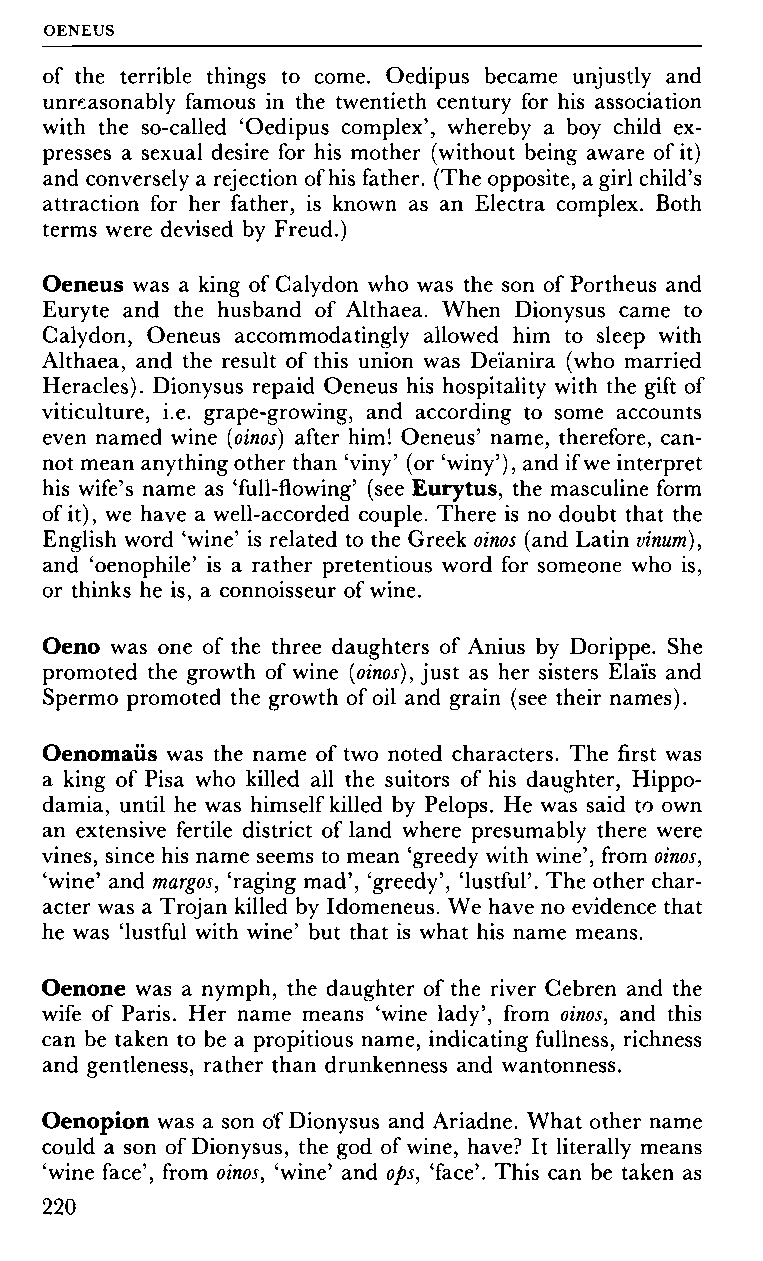
OENEUS
 of the terrible things to come. Oedipus became unjustly and
 unreasonably famous in the twentieth century for his association
 with the so-called Oedipus complex', whereby a boy child ex
 presses a sexual desire for his mother (without being aware of it)
 and conversely a rejection of his father. (The opposite, a girl child's
 attraction for her father, is known as an Electra complex. Both
 terms were devised by Freud.)
 Oeneus was a king of Calydon who was the son of Portheus and
 Euryte and the husband of Althaea. When Dionysus came to
 Calydon, Oeneus accommodatingly allowed him to sleep with
 Althaea, and the result of this union was Deïanira (who married
 Heracles). Dionysus repaid Oeneus his hospitality with the gift of
 viticulture, i.e. grape-growing, and according to some accounts
 even named wine (oinos) after him! Oeneus' name, therefore, can
 not mean anything other than 'viny' (or 'winy'), and if we interpret
 his wife's name as 'full-flowing' (see Eur y tus, the masculine form
 of it), we have a well-accorded couple. There is no doubt that the
 English word 'wine' is related to the Greek oinos (and Latin vinum),
 and 'oenophile' is a rather pretentious word for someone who is,
 or thinks he is, a connoisseur of wine.
 Oeno was one of the three daughters of Anius by Dorippe. She
 promoted the growth of wine (oinos), just as her sisters Elaïs and
 Spermo promoted the growth of oil and grain (see their names).
 Oenomaiis was the name of two noted characters. The first was
 a king of Pisa who killed all the suitors of his daughter, Hippo-
 damia, until he was himself killed by Pelops. He was said to own
 an extensive fertile district of land where presumably there were
 vines, since his name seems to mean 'greedy with wine', from oinos,
 'wine' and margos, 'raging mad', 'greedy', 'lustful'. The other char
 acter was a Trojan killed by Idomeneus. We have no evidence that
 he was 'lustful with wine' but that is what his name means.
 Oenone was a nymph, the daughter of the river Cebren and the
 wife of Paris. Her name means 'wine lady', from oinos, and this
 can be taken to be a propitious name, indicating fullness, richness
 and gentleness, rather than drunkenness and wantonness.
 Oenopion was a son of Dionysus and Ariadne. What other name
 could a son of Dionysus, the god of wine, have? It literally means
 'wine face', from oinos, 'wine' and ops, 'face'. This can be taken as
 220